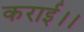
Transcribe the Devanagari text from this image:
कराई।।